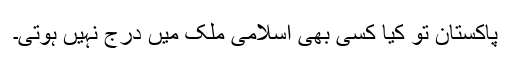
پاکستان تو کیا کسی بھی اسلامی ملک میں درج نہیں ہوتی۔